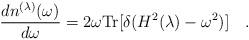
LaTeX: \begin{align*}{dn^{(\lambda)}(\omega) \over d\omega}=2\omega \mbox{Tr}[\delta(H^2(\lambda)-\omega^2)]~~~.\end{align*}